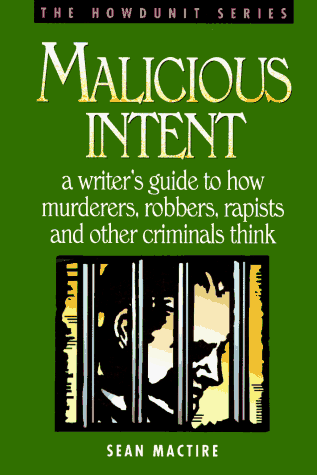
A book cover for Malicious Intent : A Writer's Guide to How Murderers, Robbers, Rapists and Other Criminals Think (The Howdunit); Sean P. Mactire; Mystery, Thriller & Suspense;